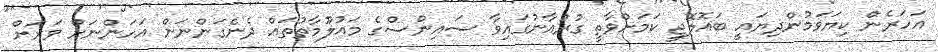
އަހަރެން ކިޔަވަމުންދިޔައީ ބައޮލޮޖީ ކަމަށްވާތީ ގުރުއާނުގައިވާ ސައިންސްގެ މައުލޫމާތުތައް ދެނެގަންނަން އަހަންނަށް ވަރަށް